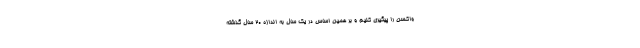
واکسن را پیگیری کنیم و بر همین اساس در یک سال به اندازه ۲۰ سال گذشته